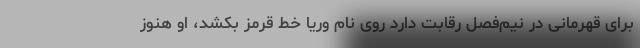
برای قهرمانی در نیم‌فصل رقابت دارد روی نام وریا خط قرمز بکشد، او هنوز